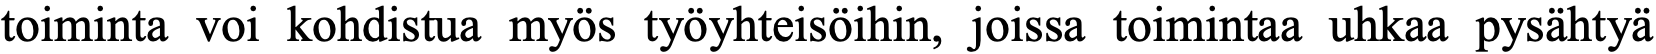
toiminta voi kohdistua myös työyhteisöihin, joissa toimintaa uhkaa pysähtyä